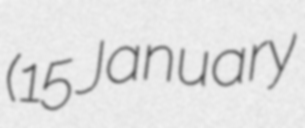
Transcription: (15 January